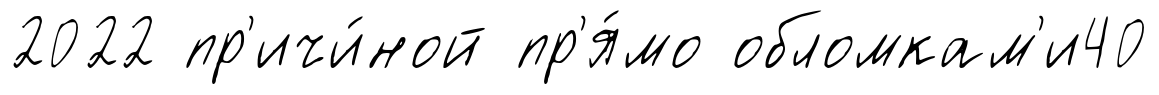
2022 пр'ичи́ной пр'я́мо обломкам'и40